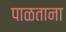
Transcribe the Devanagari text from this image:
पाळताना